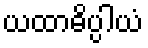
ယထာဓိပ္ပါယံ